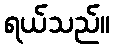
ရယ်သည်။